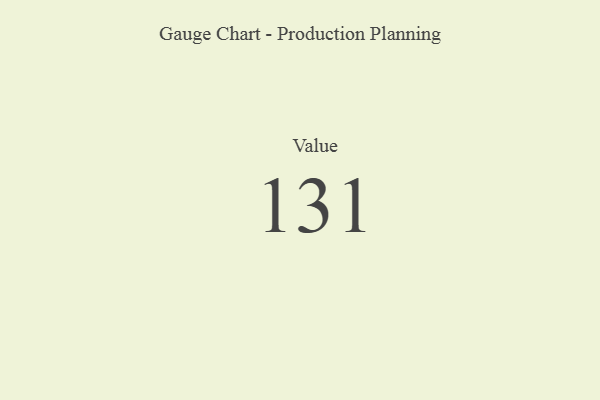
{"axis": {"x": "Metric", "y": "Value"}, "legend": [""], "data": [{"x": "Value", "y": 131, "type": ""}]}